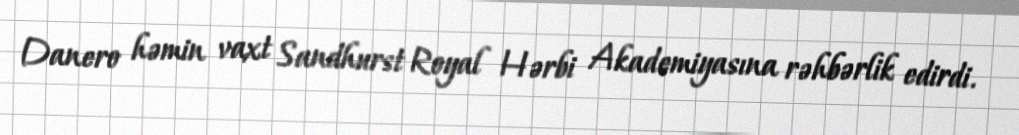
Danero həmin vaxt Sandhurst Royal Hərbi Akademiyasına rəhbərlik edirdi.